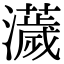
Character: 𤃴